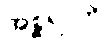
အစ္ဆရာဟိ